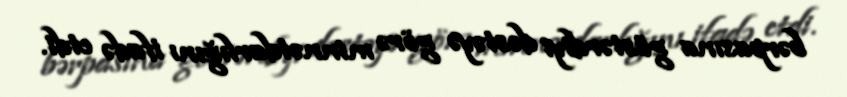
bərpasına göstərdiyi dəstəyə görə minnətdarlığını ifadə etdi.